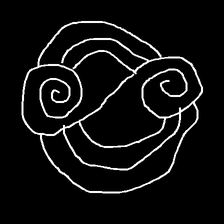
Glyph: wind-underfoot